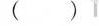
( )